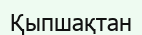
Қыпшақтан